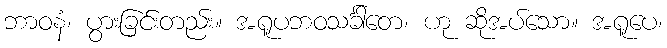
ဘာဝနံ၊ ပွားခြင်းတည်း။ အရူပဘဝသင်္ခါတေ၊ ဟု ဆိုအပ်သော။ အရူပေ၊